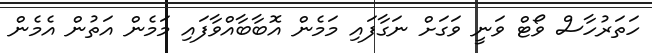
ހަތަރުހާސް ވޯޓް ވަނީ ވަގަށް ނަގާފައި މަމެން އޮބާބާއްވާފައި މަމެން އަތުން އެމެން